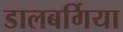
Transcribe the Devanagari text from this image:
डालबर्गिया